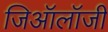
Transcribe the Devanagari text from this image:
जिऑलॉजी